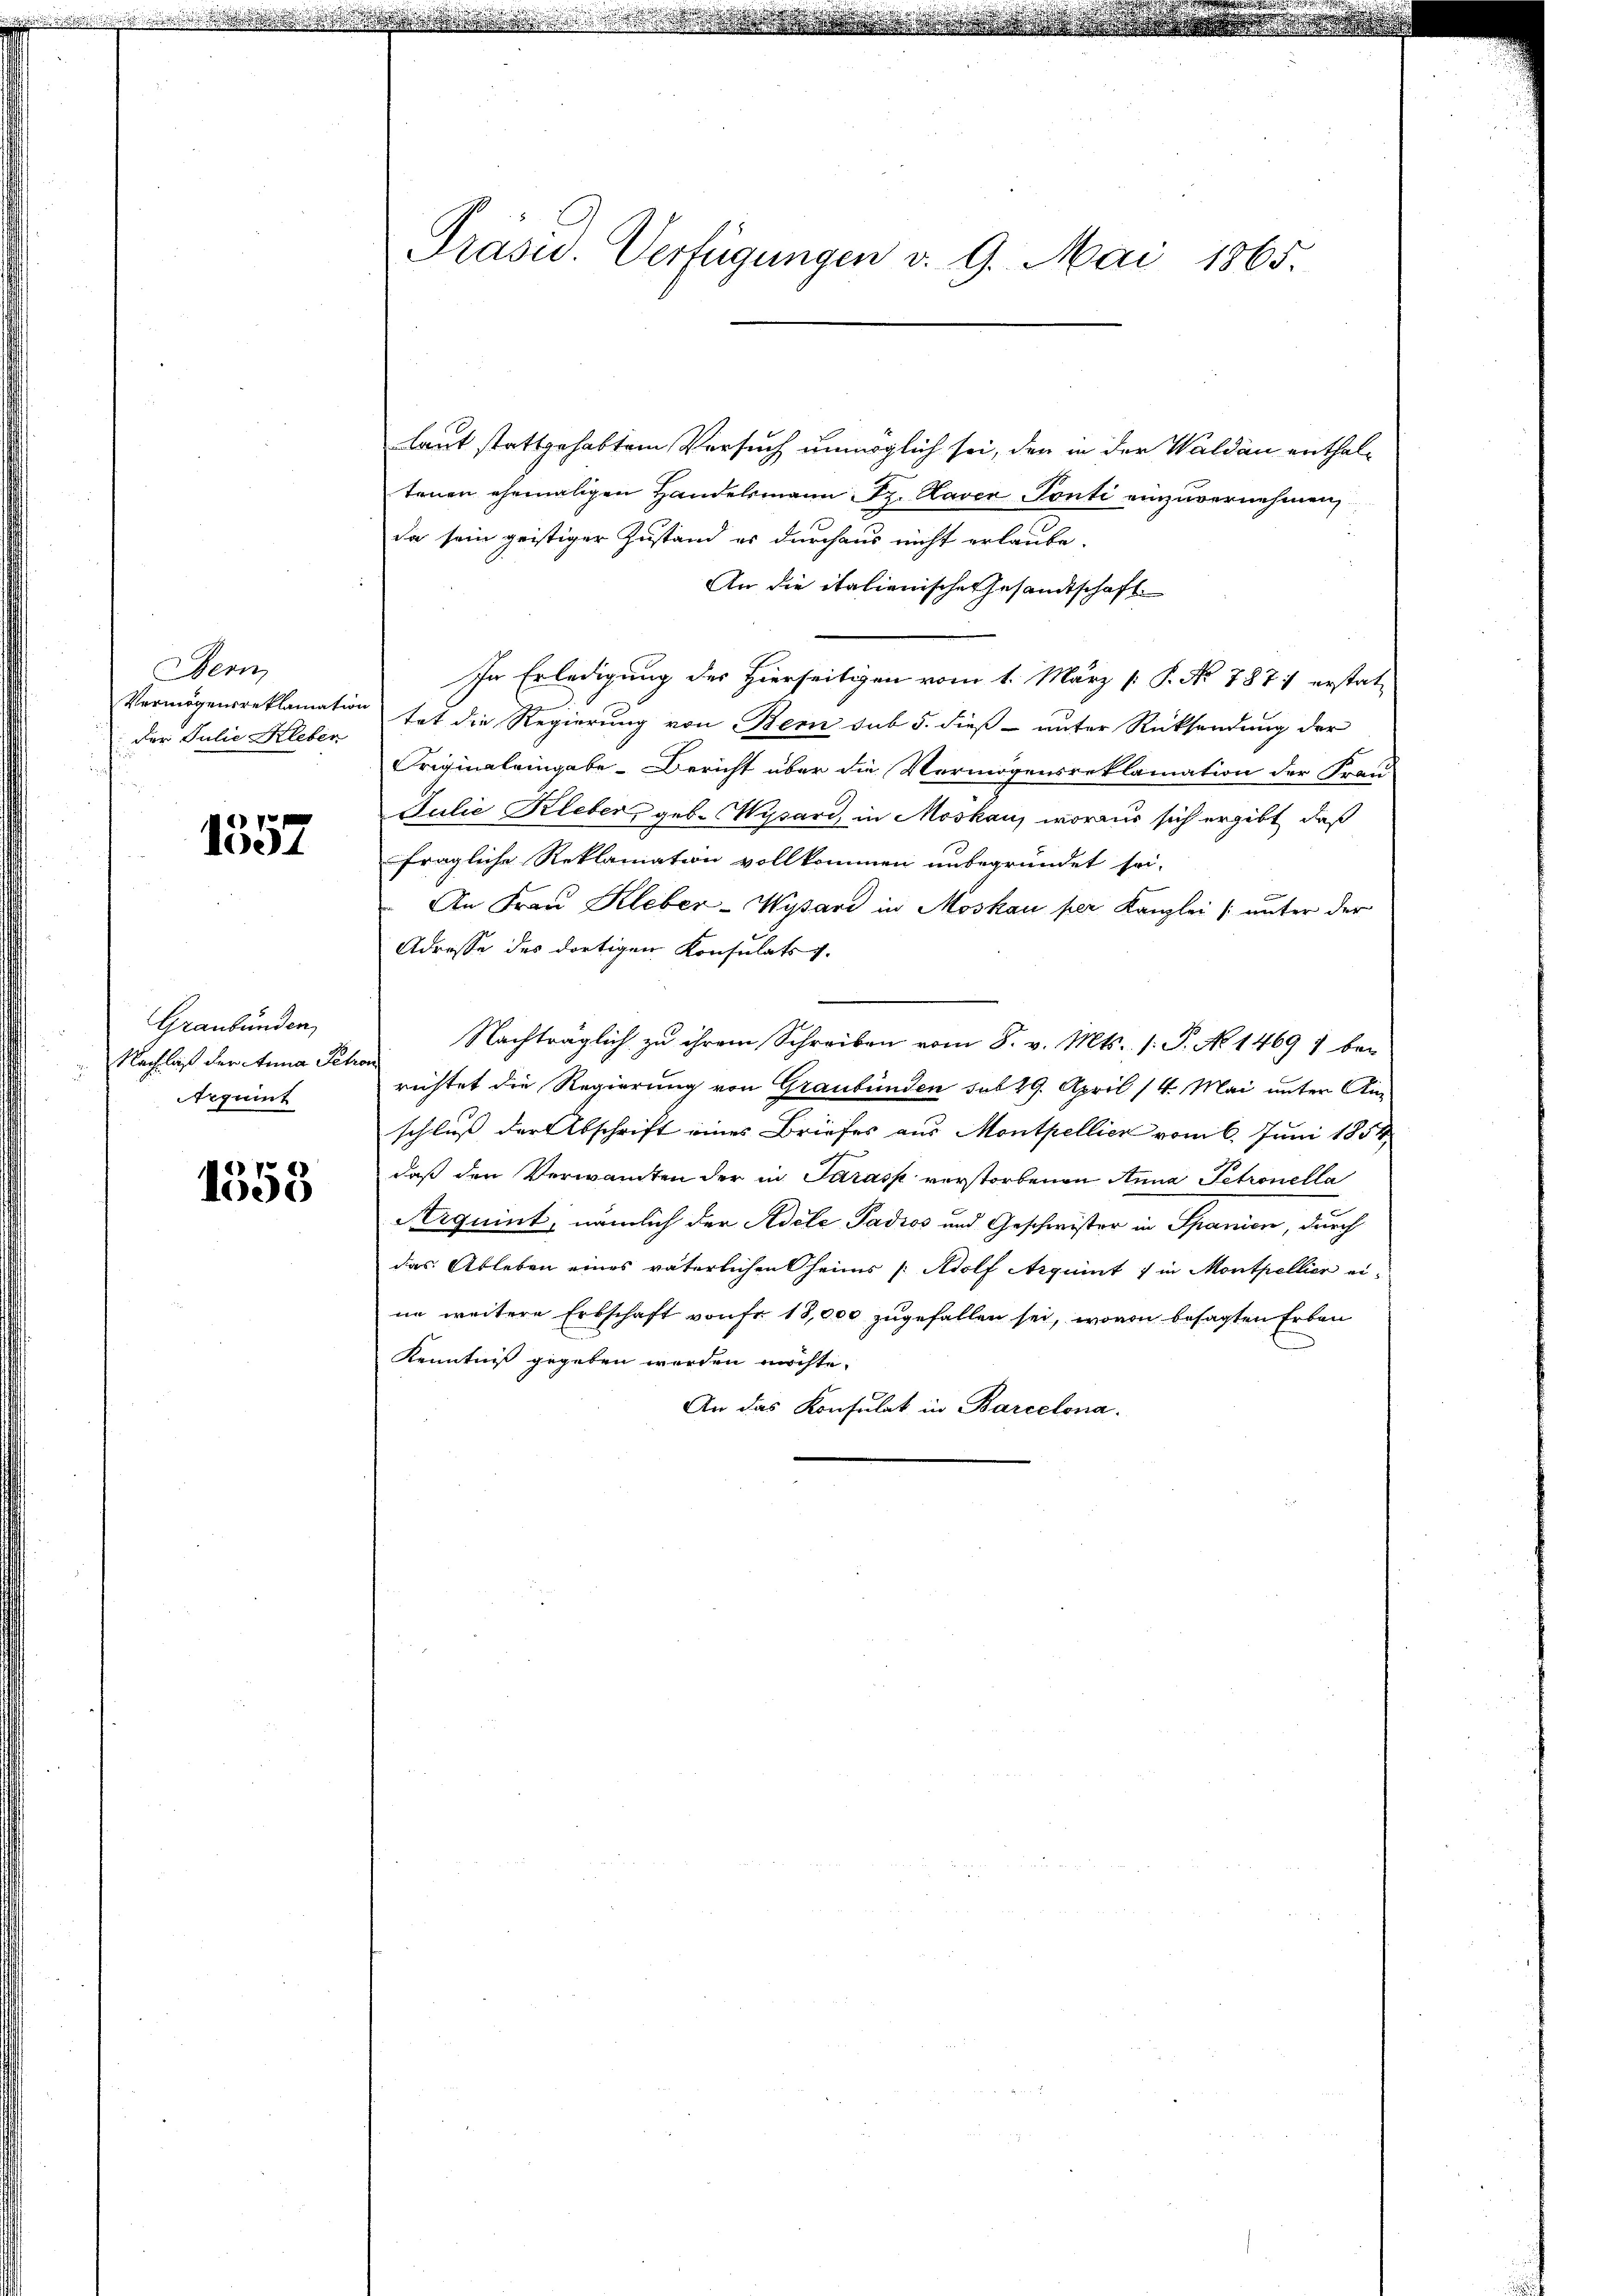
Bern
Vermögensreklamation
Der Julie Kleben

1557

Graubünden
Nachlaß der Anna Peter
Arqunt

1353

Präsid. Verfügungen v. 9. Mai 1865.

laut stattgehabtem Versuch unmöglich sei, den in der Waldau enthaltenen ehemaligen Handelsmann Sr. Kaver Sonti einzuvernehmen,
da sein geistiger Zustand er durchaus nicht erlaube.
An die italienische Gesandtschaft
In Erledigung des Hierseitigen vom 1. März [ P. No. 1871 erstat-
tet die Regierung von Bern sub 5. dieß unter Rücksendung der
Originaleingabe-Bericht über die Vermögensreklamation der Frau
Julie Kleber, geb. Wysard, in Moskau, woraus sich ergibt, daß
fragliche Reklamation vollkommen unbegründet sei.
An Frau Kleber-Wysard in Moskau per Kanzlei (unter der
Adresse des dortigen Konsulats v.
Nachträglich zu ihrem Schreiben vom 8. v. Mts. s. S. No 14697 bea
richtet die Regierung von Graubünden sub 29. April 14. Mai unter Anschluß der Abschrift eines Briefes aus Montpellier vom 6. Juni 1854
daß den Verwandten der in Sarask verstorbenen Anna Petronella
Arquint; nämlich der Adele Padios und Geschwister in Spanien, durch
das Ableben eines väterlichen heims /: Adolf Aquint) in Montpellier eine weitere Erbschaft von fr. 18,000 zugefallen sei, wovon besagten Erben
Kenntniß gegeben werden möchte.
An das Konsulat in Barcelona.